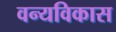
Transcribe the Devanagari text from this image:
वन्यविकास